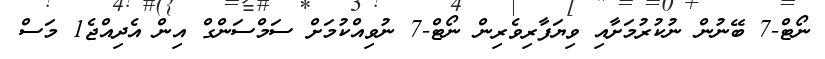
ނޯޓް-7 ބޭނުން ނުކުރުމަށާއި ވިޔަފާރިވެރިން ނޯޓް-7 ނުވިއްކުމަށް ސަމްސަންގް އިން އެދިއްޖެ1 މަސް